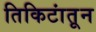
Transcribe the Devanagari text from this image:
तिकिटांतून